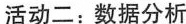
活动二：数据分析